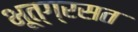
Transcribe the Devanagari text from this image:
भूत्ग्रसत